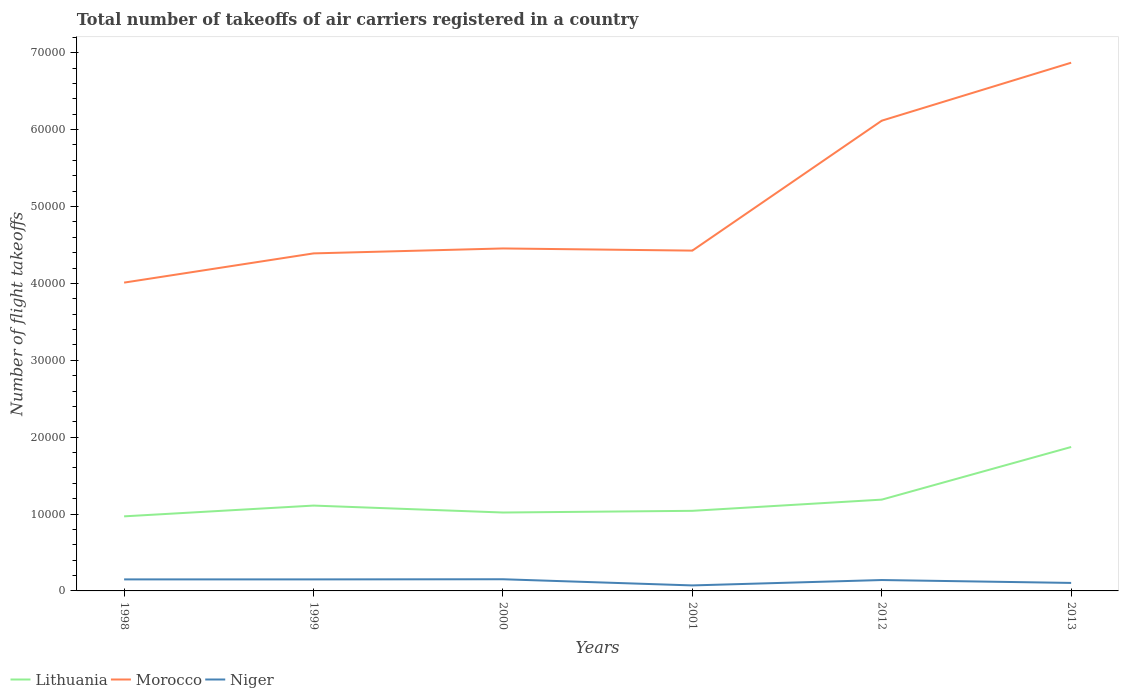
| Years | Lithuania | Morocco | Niger |
 | --- | --- | --- | --- |
 | 1998 | 9.7e+03 | 4.01e+04 | 1.5e+03 |
 | 1999 | 1.11e+04 | 4.39e+04 | 1.5e+03 |
 | 2000 | 1.02e+04 | 4.45e+04 | 1.52e+03 |
 | 2001 | 1.04e+04 | 4.43e+04 | 716 |
 | 2012 | 1.19e+04 | 6.12e+04 | 1.42e+03 |
 | 2013 | 1.87e+04 | 6.87e+04 | 1.04e+03 |